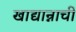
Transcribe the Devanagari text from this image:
खाद्यान्नाची